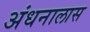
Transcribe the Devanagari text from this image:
अंधनालास